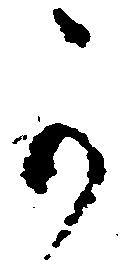
可